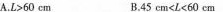
4│11.8A.L>60cm B.45cm<L<60cm